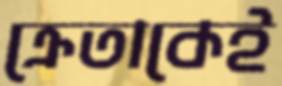
ক্রেতাকেই